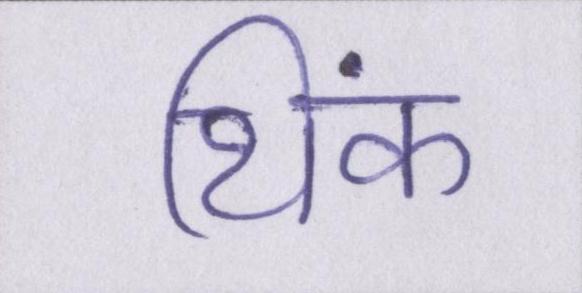
थिंक